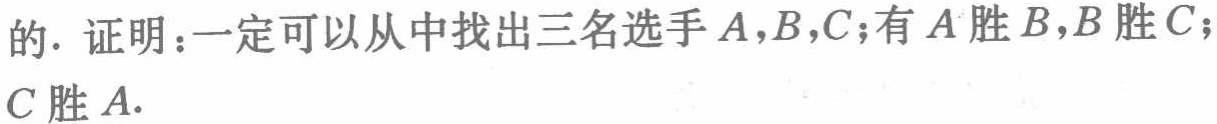
的. 证明：一定可以从中找出三名选手\(A,B,C\)；有\(A\)胜\(B\)，\(B\)胜\(C\)；\(C\)胜\(A\).